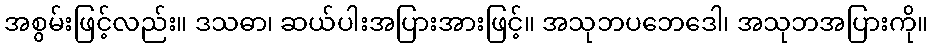
အစွမ်းဖြင့်လည်း။ ဒသဓာ၊ ဆယ်ပါးအပြားအားဖြင့်။ အသုဘပဘေဒေါ၊ အသုဘအပြားကို။